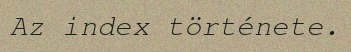
Az index története.